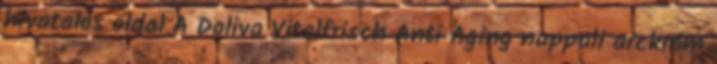
hivatalos oldal A Doliva Vitalfrisch Anti Aging nappali arckrém